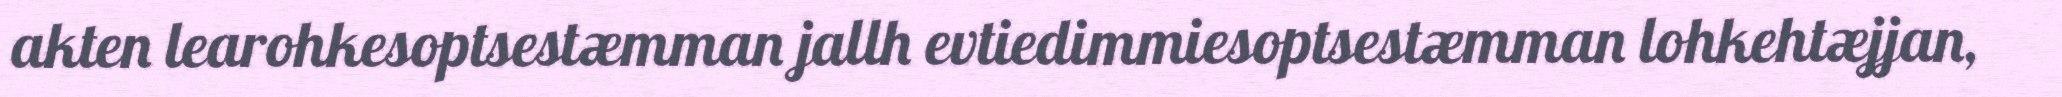
akten learohkesoptsestæmman jallh evtiedimmiesoptsestæmman lohkehtæjjan,